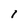
Character: 1